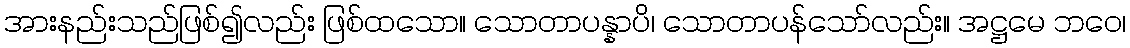
အားနည်းသည်ဖြစ်၍လည်း ဖြစ်ထသော။ သောတာပန္နာပိ၊ သောတာပန်သော်လည်း။ အဋ္ဌမေ ဘဝေ၊